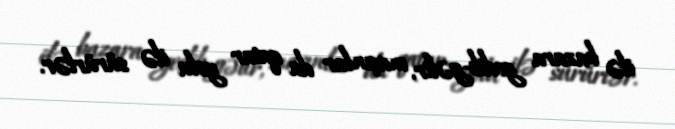
ilə bazara gedib-gəlir, maşınlar da qatar yolu ilə sürürlər.